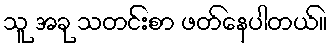
သူ အခု သတင်းစာ ဖတ်နေပါတယ်။